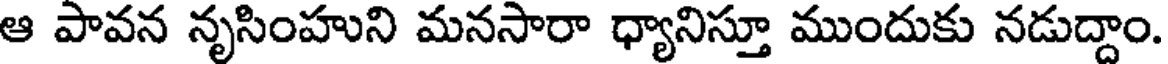
ఆ పావన నృసింహుని మనసారా ధ్యానిస్తూ ముందుకు నడుద్దాం.